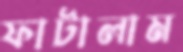
ফাটালাম